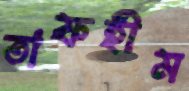
তাফহীম